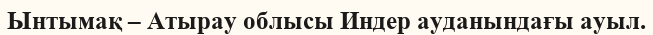
Ынтымақ – Атырау облысы Индер ауданындағы ауыл.